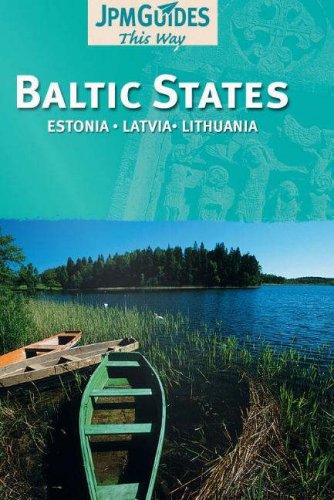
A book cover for Baltic States: Estonia, Latvia, Lithuania; Claude Herve-Bazin; Travel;